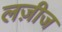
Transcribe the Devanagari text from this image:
लज़ीज